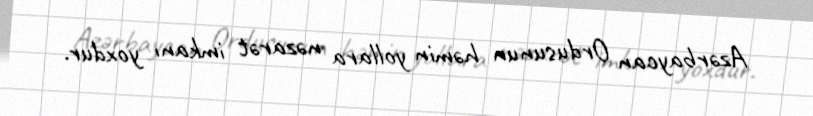
Azərbaycan Ordusunun həmin yollara nəzarət imkanı yoxdur.